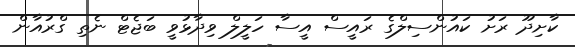
ކާށިދޫ ރަށު ކައުންސިލްގެ ރައީސް އީސާ ހަލީލް ވިދާޅުވީ ބަޖެޓް ނެތި ގްރުއާން